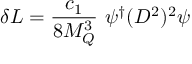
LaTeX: \delta { \cal L } = { \frac { c _ { 1 } } { 8 M _ { Q } ^ { 3 } } } ~ \psi ^ { \dagger } ( D ^ { 2 } ) ^ { 2 } \psi